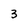
Character: 3